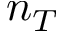
n _ { T }